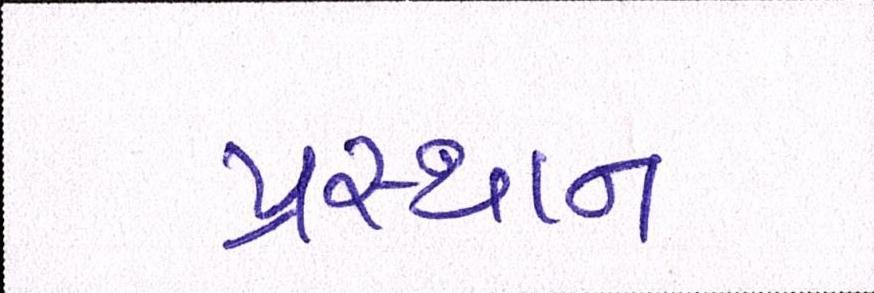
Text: પ્રસ્થાન